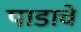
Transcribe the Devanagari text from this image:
पाडाचे